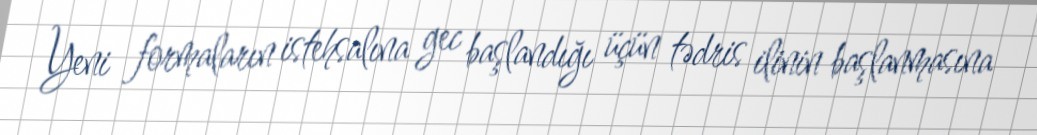
Yeni formaların istehsalına gec başlandığı üçün tədris ilinin başlanmasına